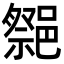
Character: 𨝠